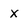
Character: x